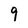
Character: 9